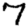
Digit: 7